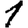
Digit: 1